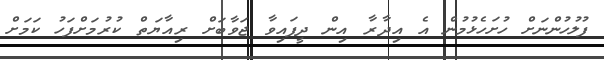
ފުލުހުންނަށް ހުށަހެޅުމުން އެ އިދާރާ އިން ދީފައިވާ ޖަވާބަށް ރިއާޔަތް ކުރުމަށްފަހު ކަމަށް